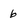
Character: 6